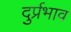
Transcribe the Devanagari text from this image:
दुर्प्रभाव